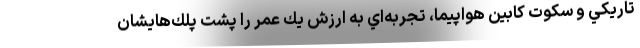
تاريكي و سكوت كابين هواپيما، تجربه‌اي به ارزش يك عمر را پشت پلك‌هايشان